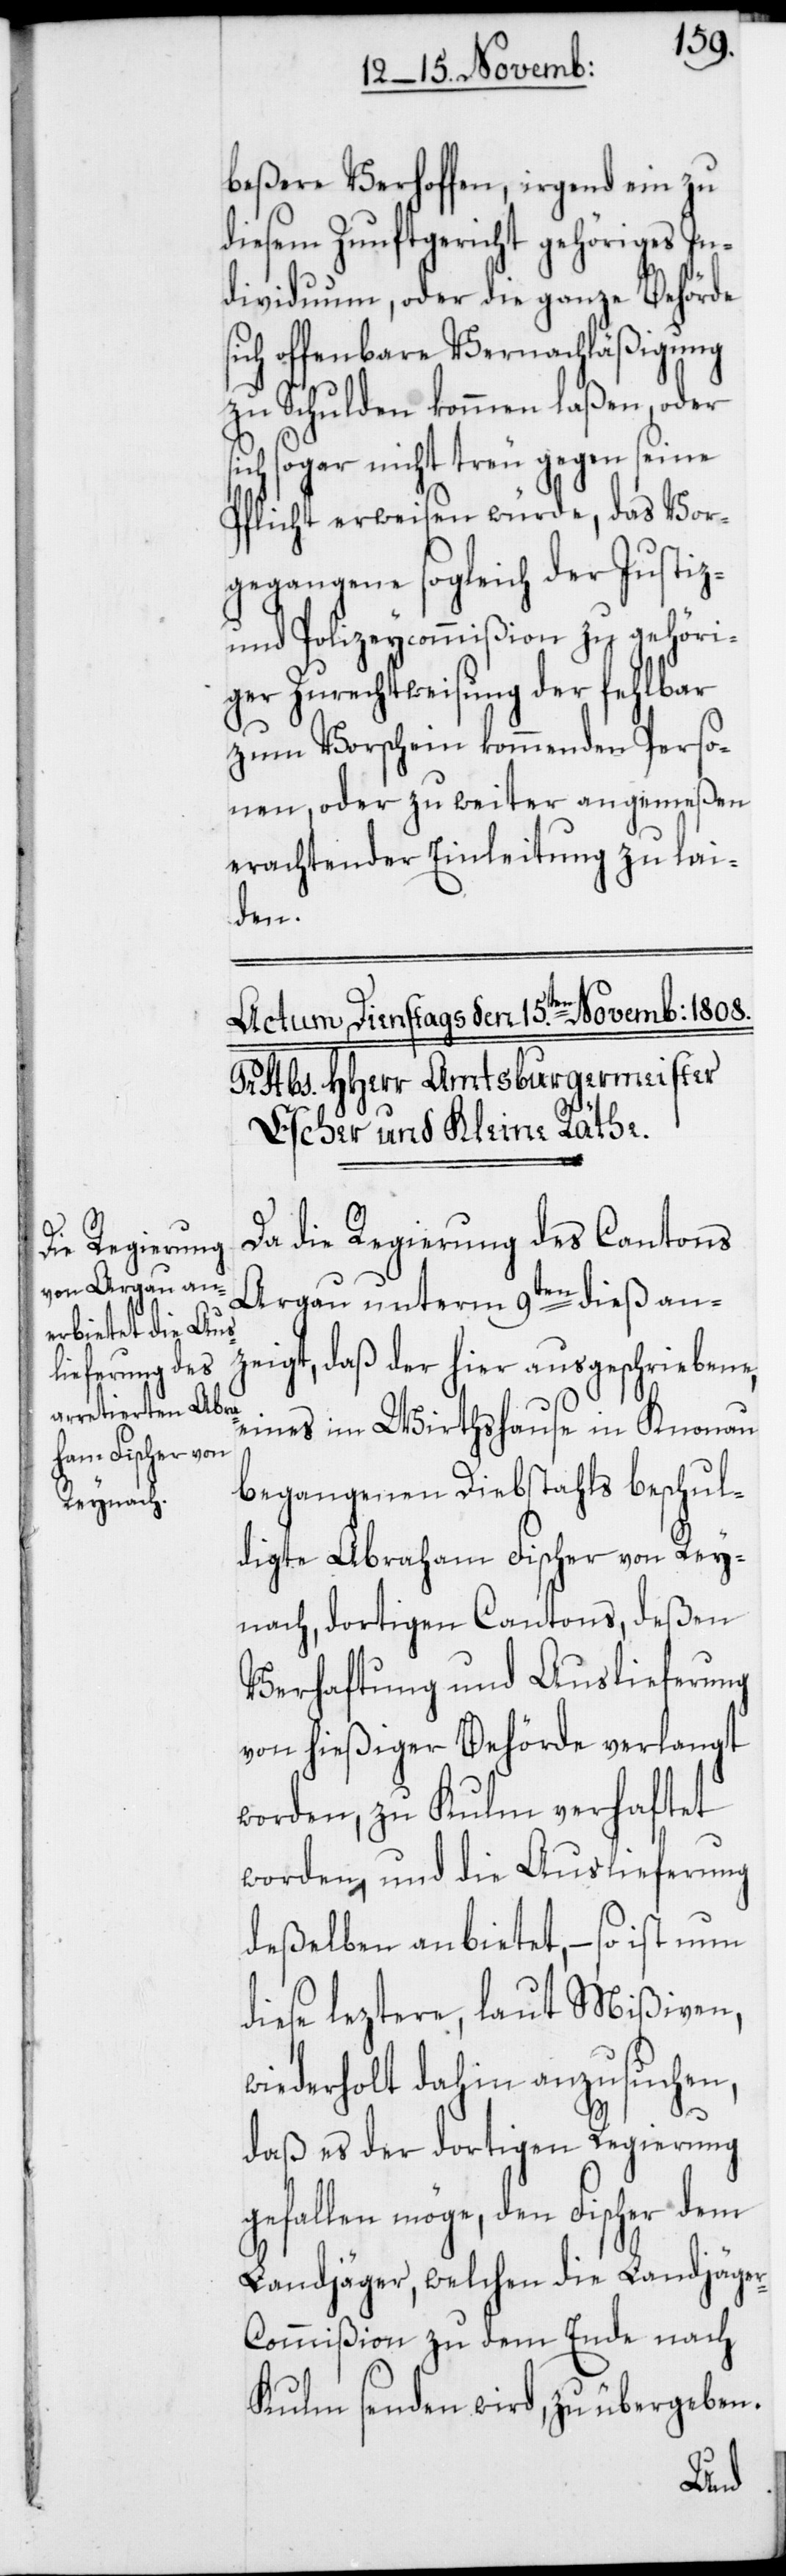
beßere Verhoffen, irgend ein zu
diesem Zunftgericht gehöriges In¬
dividuum, oder die ganze Behörde
sich offenbare Vernachläßigung
zu Schulden kommen laßen, oder
ich sogar nicht treu gegen seine
Pflicht erweisen würde, das Vor¬
gegangene sogleich der Justiz-
und Polizeycommißion zu gehöri¬
ger Zurechtweisung der fehlbar
zum Vorschein kommenden Perso¬
nen, oder zu weiter angemeßen
erachtender Einleitung zu lai¬
den.
Da die Regierung des Cantons
Argau unterm 9ten dieß an¬
zeigt, daß der hier ausgeschriebene,
eines im Wirthshause in Knonau
begangenen Diebstahls beschul¬
digte Abraham Fischer von Rey¬
nach, dortigen Cantons, deßen
Verhaftung und Auslieferung
von hießiger Behörde verlangt
worden, zu Kulm verhaftet
worden, und die Auslieferung
deßelben anbietet, – so ist nun
diese leztere, laut Mißiven,
wiederholt dahin anzusuchen,
daß es der dortigen Regierung
gefallen möge, den Fischer dem
Landjäger, welchen die Landjäge¬
r-Commißion zu dem Ende nach
Kulm senden wird, zu übergeben.
s¬